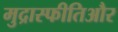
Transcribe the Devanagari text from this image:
मुद्रास्फीतिऔर